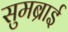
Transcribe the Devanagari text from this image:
सुमब्राई